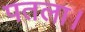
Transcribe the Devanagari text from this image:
पतला।